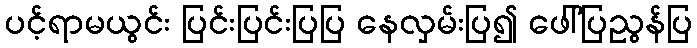
ပင့်ရာမယွင်း ပြင်းပြင်းပြပြ နေလှမ်းပြ၍ ဖေါ်ပြညွန်ပြ